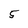
Character: 5